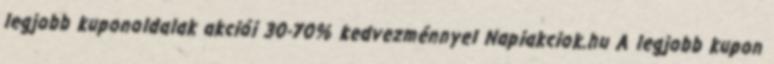
legjobb kuponoldalak akciói 30-70% kedvezménnyel Napiakciok.hu A legjobb kupon